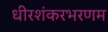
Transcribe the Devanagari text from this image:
धीरशंकरभरणम